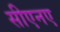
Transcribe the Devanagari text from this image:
सीएनए